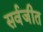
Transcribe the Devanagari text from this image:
सर्वजीत